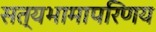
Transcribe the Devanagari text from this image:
सत्यभामापरिणय